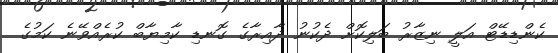
ކެންޑިޑޭޓް އަލީ ނިޒާރު ބަލިކޮށް ދެކުނު ދާއިރާގެ ގޮނޑި ކާމިޔާބް ކުރެއްވޭނެ ކަމުގެ